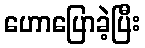
ဟောပြောခဲ့ပြီး